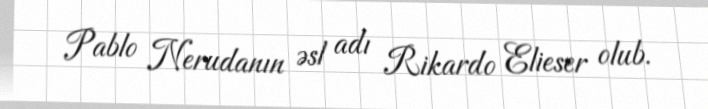
Pablo Nerudanın əsl adı Rikardo Elieser olub.